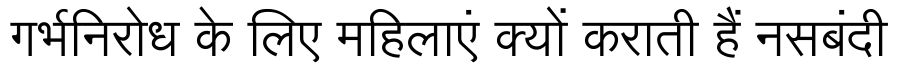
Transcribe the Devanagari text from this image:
गर्भनिरोध के लिए महिलाएं क्यों कराती हैं नसबंदी